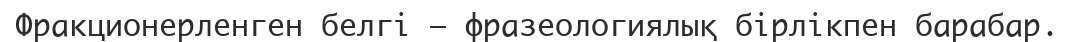
Фракционерленген белгі — фразеологиялық бірлікпен барабар.